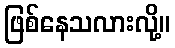
ဖြစ်နေသလားလို့။